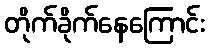
တိုက်ခိုက်နေကြောင်း